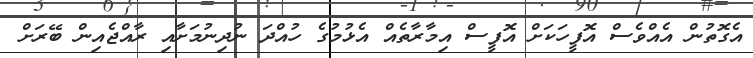
އެގޮތުން އެއްވެސް އޮފީހަކަށް އޮފީސް އިމާރާތެއް އެޅުމުގެ ހުއްދަ ނުދިނުމަށާއި ރާއްޖެއިން ބޭރަށް